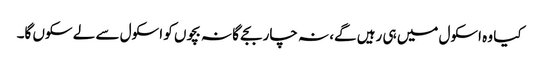
کیا وہ اسکول میں ہی رہیں گے، نہ چار بجے گا نہ بچوں کو اسکول سے لے سکوں گا۔